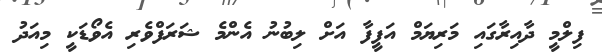
ފިލްމީ ދާއިރާގައި މަރިޔަމް އަފީފާ އަށް ލިބުނު އެންމެ ޝަރަފްވެރި އެވޯޑަކީ މިއަދު